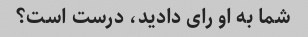
شما به او رای دادید، درست است؟